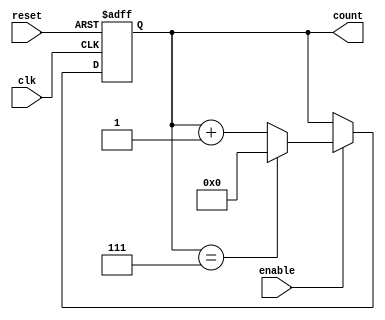
module ModuloN_Up_Counter_with_Enable (
    input wire clk,
    input wire reset,
    input wire enable,
    output reg [N-1:0] count
);

parameter N = 8; // Change the value of N as needed

always @(posedge clk or posedge reset) begin
    if (reset) begin
        count <= 0;
    end else if (enable) begin
        if (count == N-1) begin
            count <= 0;
        end else begin
            count <= count + 1;
        end
    end
end

endmodule